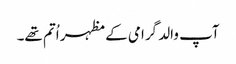
آپ والد گرامی کے مظہر اُتم تھے۔